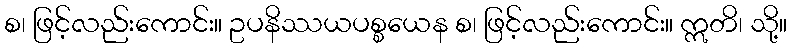
စ၊ ဖြင့်လည်းကောင်း။ ဥပနိဿယပစ္စယေန စ၊ ဖြင့်လည်းကောင်း။ ဣတိ၊ သို့။